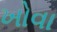
ખોવા